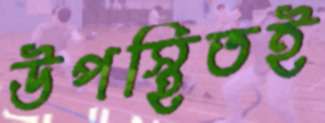
উপস্থিতই